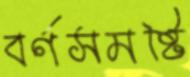
বর্ণসমষ্টি